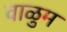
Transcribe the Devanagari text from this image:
वाळुम